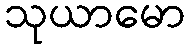
သုယာမော